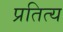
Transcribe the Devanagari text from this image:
प्रतित्य